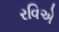
રવિએ